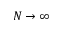
N \to \infty